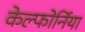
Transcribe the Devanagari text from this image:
केल्फोर्निया